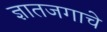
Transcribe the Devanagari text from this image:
ज्ञातजगाचे